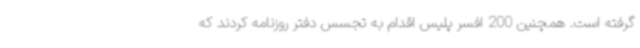
گرفته است. همچنین 200 افسر پلیس اقدام به تجسس دفتر روزنامه کردند که